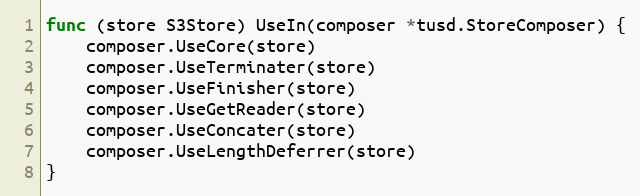
Language: Go
func (store S3Store) UseIn(composer *tusd.StoreComposer) {
	composer.UseCore(store)
	composer.UseTerminater(store)
	composer.UseFinisher(store)
	composer.UseGetReader(store)
	composer.UseConcater(store)
	composer.UseLengthDeferrer(store)
}